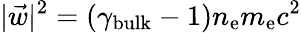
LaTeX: |\vec{w}|^{2}=(\gamma_{\mathrm{bulk}}-1)n_{\mathrm{e}}m_{\mathrm{e}}c^{2}